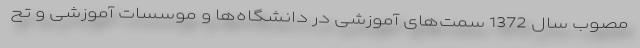
مصوب سال 1372 سمت‌‌های آموزشی در دانشگاه‌‌ها و موسسات آموزشی و تح